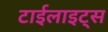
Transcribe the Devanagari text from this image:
टाईलाइट्स